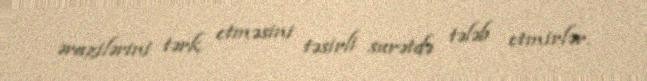
ərazilərini tərk etməsini təsirli surətdə tələb etmirlər.